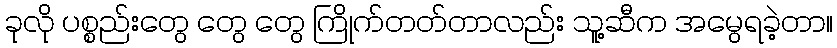
ခုလို ပစ္စည်းတွေ တွေ တွေ ကြိုက်တတ်တာလည်း သူ့ဆီက အမွေရခဲ့တာ။